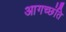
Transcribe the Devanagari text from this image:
आगच्छंति